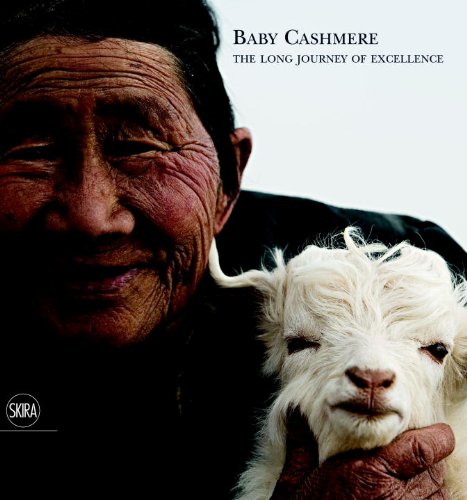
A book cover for Baby Cashmere: The Long Journey of Excellence; Travel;